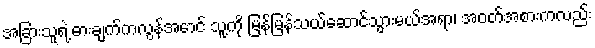
အခြားသူရဲ့ ဓားချက်ကလွန်အောင် သူ့ကို မြန်မြန်သယ်ဆောင်သွားမယ်အရာ၊ အဝတ်အစားကလည်း